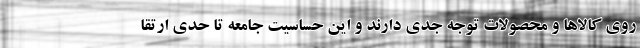
روی کالاها و محصولات توجه جدی دارند و این حساسیت جامعه تا حدی ارتقا